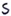
Text: S